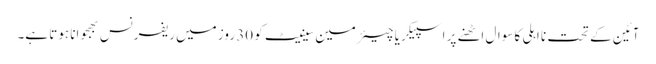
آئین کے تحت نا اہلی کا سوال اٹھنے پر اسپیکر یا چیئرمین سینیٹ کو 30 روز میں ریفرنس بھجوانا ہوتا ہے۔